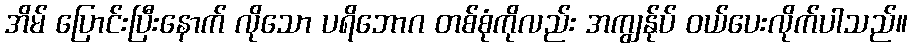
အိမ် ပြောင်းပြီးနောက် လိုသော ပရိဘောဂ တစ်စုံကိုလည်း အကျွန်ုပ် ဝယ်ပေးလိုက်ပါသည်။